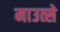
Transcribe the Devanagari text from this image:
माउत्से